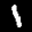
Label: 1